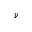
\nu